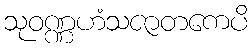
သုဝဏ္ဏဟံသဇာတကေပိ